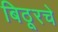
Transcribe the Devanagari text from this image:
बिठूरचे